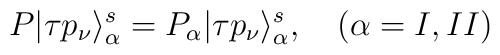
P|\tau p_{\nu} \rangle^s_{\alpha}=P_{\alpha}|\tau p_{\nu} \rangle^s_{\alpha}, \quad(\alpha=I,II)